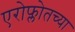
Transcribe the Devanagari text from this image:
एरोफ्लोतच्या